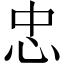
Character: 忠